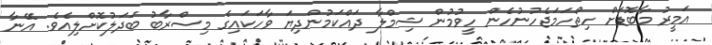
އަމީރު މާބޮޑަށް ހިތްހަމަޖެހުނުހެން ހީވުމުން ޝިމްލާ ދައްކަމުންދިޔަ ވާހަކައިގެ މިސްރާބު ބަދަލުކޮށްލިއެވެ. އޭނާ